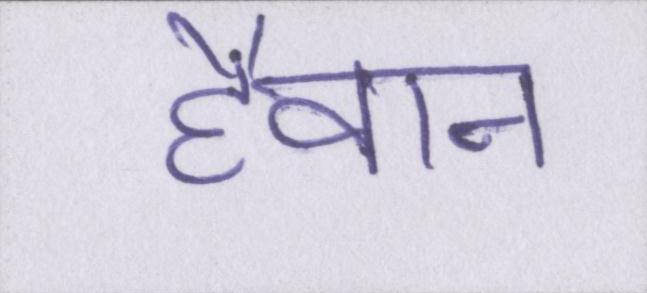
हैवान